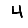
Digit: 4